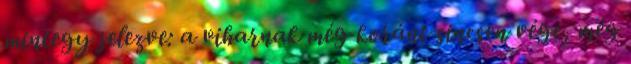
mintegy jelezve: a viharnak még koránt sincsen vége, még